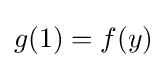
g(1)=f(y)